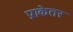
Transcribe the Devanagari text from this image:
प्राकेतर